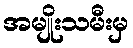
အမျိုးသမီးမှ